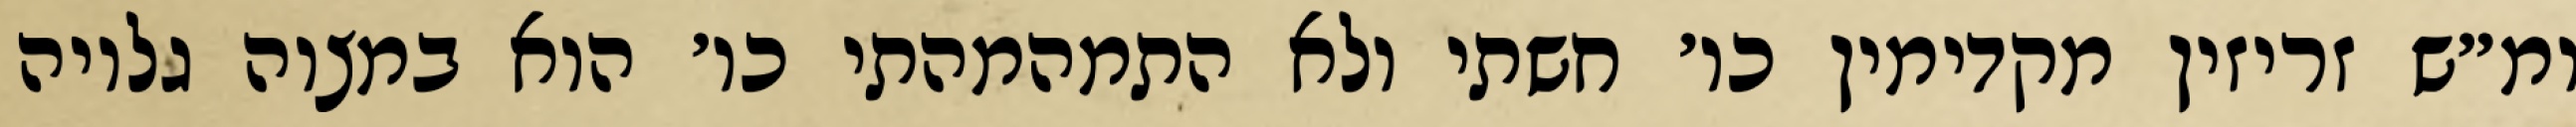
ומ״ש זריזין מקדימין כו׳ חשתי ולא התמהמהתי כו׳ הוא במצוה גלויה